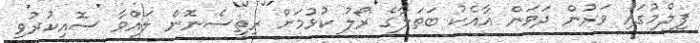
ފިލްމުގައި ވަރުން ދަވަން އާއެކު ބަތަލާގެ ރޯލު ކުޅުމަށް ރިތީސެނޮން ލައްވާ ސޮއިކުރުވި